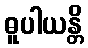
ဓူပါယန္တိ